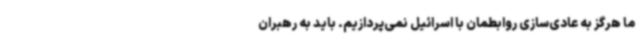
ما هرگز به عادی‌سازی روابطمان با اسرائیل نمی‌پردازیم. باید به رهبران